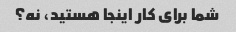
شما برای کار اینجا هستید، نه؟